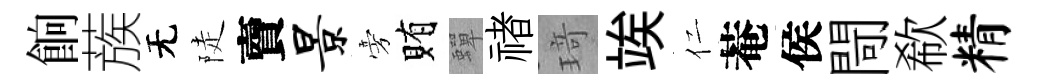
餉蔟无陡𧶠景旁賄蟬禇𤦺竢仁菴侯閜欷精